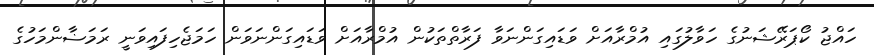
ހައްޖު ކޯޕަރޭޝަނުގެ ހަވާލުގައި އުމްރާއަށް ވަޑައިގަންނަވާ ފަރާތްތަކުން އުމްރާއަށް ވަޑައިގަންނަވަން ހަމަޖެހިފައިވަނީ ރަމަޟާންމަހުގެ